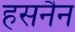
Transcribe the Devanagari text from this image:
हसनैन